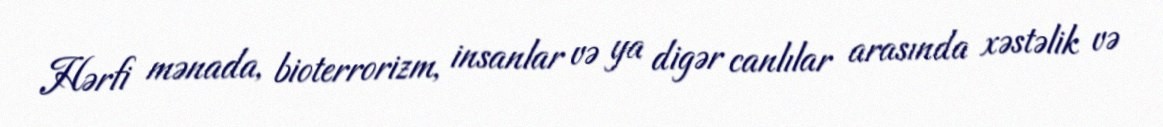
Hərfi mənada, bioterrorizm, insanlar və ya digər canlılar arasında xəstəlik və